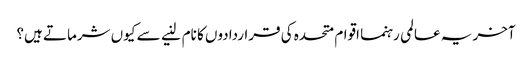
آخر یہ عالمی رہنما اقوام متحدہ کی قراردادوں کا نام لنیے سے کیوں شرماتے ہیں؟